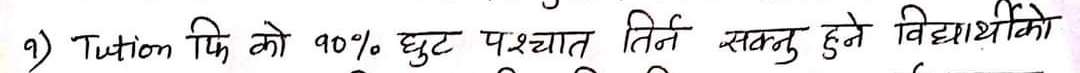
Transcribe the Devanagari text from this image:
Tuition फि को 90% छुट पश्चात तिर्न सक्नु हुने विद्यार्थीको